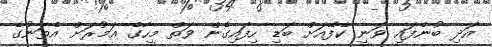
އަދި ބުނެފައި ވަނީ ކެފޭއަށް ބަޑި ހިފައިގެން ވަތް މީހާގެ އަމުރަށް އެތަނުގެ